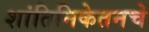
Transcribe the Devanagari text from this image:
शांतिनिकेतनचे